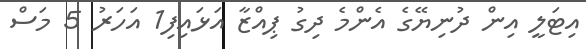
އިޓަލީ އިން ދުނިޔޭގެ އެންމެ ދިގު ޕިއްޒާ އަޅައިފި1 އަހަރު 5 މަސް